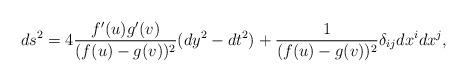
LaTeX: \begin{align*}ds^2 = 4 \frac{f'(u)g'(v)}{(f(u)-g(v))^2}(dy^2-dt^2)+\frac{1}{(f(u)-g(v))^2} \delta_{ij} dx^i dx^j, \\\end{align*}